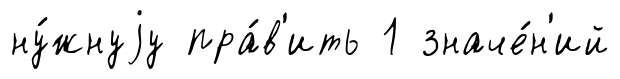
ну́жнуjу пра́в'ить 1 значе́н'ий